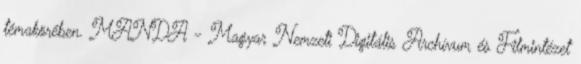
témakörében. MANDA - Magyar Nemzeti Digitális Archívum és Filmintézet